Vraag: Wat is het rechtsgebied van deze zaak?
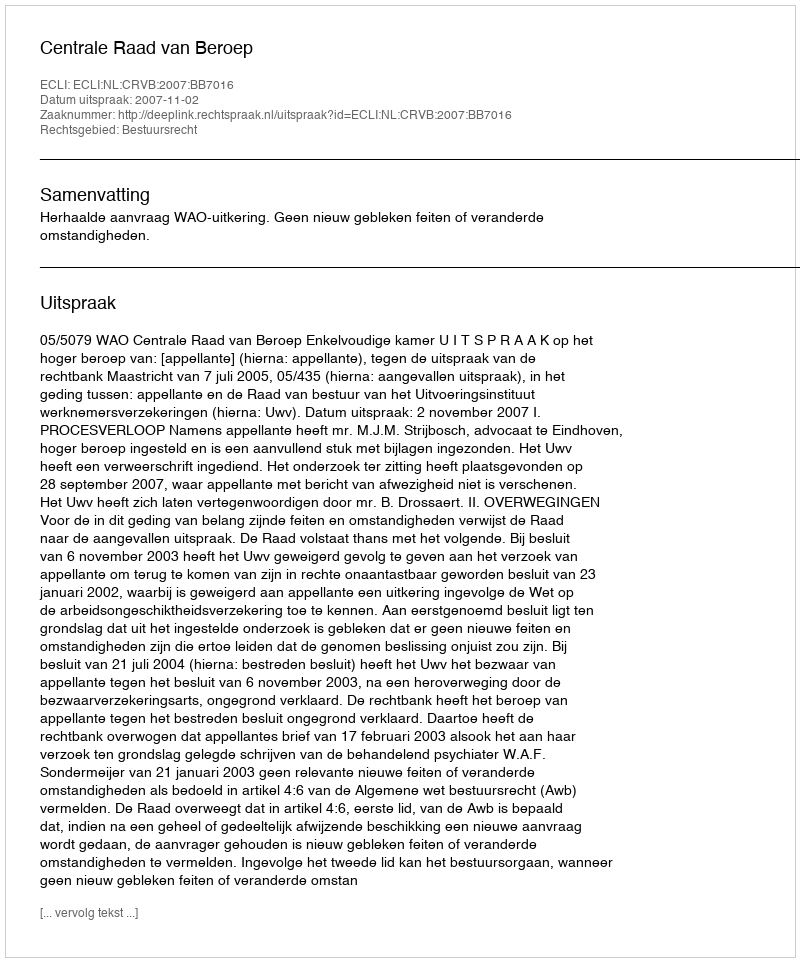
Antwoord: Bestuursrecht